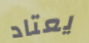
يعتاد